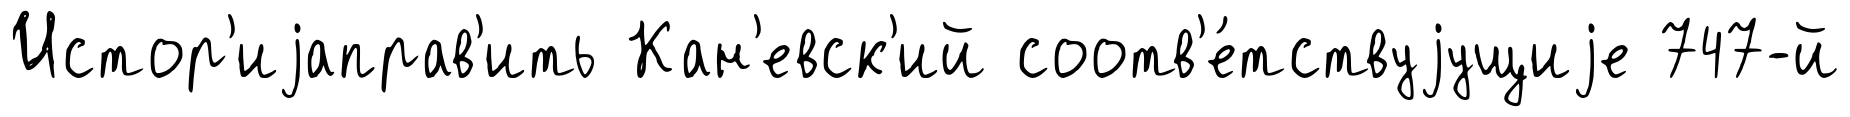
Истор'иjаправ'ить Кан'евск'ий соотв'е́тствуjущиjе 747-й